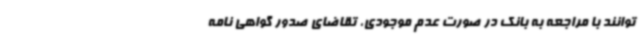
توانند با مراجعه به بانک در صورت عدم موجودی، تقاضای صدور گواهی نامه